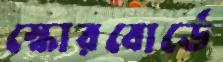
স্কোরবোর্ডে